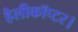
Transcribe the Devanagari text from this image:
हैलीकॉप्टर।